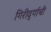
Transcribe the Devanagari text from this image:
गिरीदुर्गाची